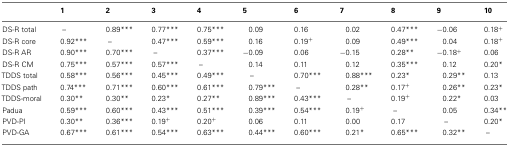
<table><thead><tr><td></td><td><b>1</b></td><td><b>2</b></td><td><b>3</b></td><td><b>4</b></td><td><b>5</b></td><td><b>6</b></td><td><b>7</b></td><td><b>8</b></td><td><b>9</b></td><td><b>10</b></td></tr></thead><tbody><tr><td>DS-R total</td><td>–</td><td>0.89***</td><td>0.77***</td><td>0.75***</td><td>0.09</td><td>0.16</td><td>0.02</td><td>0.47***</td><td>−0.06</td><td>0.18<sup>+</sup></td></tr><tr><td>DS-R core</td><td>0.92***</td><td>–</td><td>0.47***</td><td>0.59***</td><td>0.16</td><td>0.19<sup>+</sup></td><td>0.09</td><td>0.49***</td><td>0.04</td><td>0.18<sup>+</sup></td></tr><tr><td>DS-R AR</td><td>0.90***</td><td>0.70***</td><td>–</td><td>0.37***</td><td>−0.09</td><td>0.06</td><td>−0.15</td><td>0.28**</td><td>−0.18<sup>+</sup></td><td>0.06</td></tr><tr><td>DS-R CM</td><td>0.75***</td><td>0.57***</td><td>0.57***</td><td>–</td><td>0.14</td><td>0.11</td><td>0.12</td><td>0.35***</td><td>0.12</td><td>0.20*</td></tr><tr><td>TDDS total</td><td>0.58***</td><td>0.56***</td><td>0.45***</td><td>0.49***</td><td> –</td><td>0.70***</td><td>0.88***</td><td>0.23*</td><td>0.29**</td><td>0.13</td></tr><tr><td>TDDS path</td><td>0.74***</td><td>0.71***</td><td>0.60***</td><td>0.61***</td><td>0.79***</td><td>–</td><td>0.28**</td><td>0.17<sup>+</sup></td><td>0.26**</td><td>0.23*</td></tr><tr><td>TDDS-moral</td><td>0.30**</td><td>0.30**</td><td>0.23*</td><td>0.27**</td><td>0.89***</td><td>0.43***</td><td> –</td><td>0.19<sup>+</sup></td><td>0.22*</td><td>0.03</td></tr><tr><td>Padua</td><td>0.59***</td><td>0.60***</td><td>0.43***</td><td>0.51***</td><td>0.39***</td><td>0.54***</td><td>0.19<sup>+</sup></td><td>–</td><td>0.05</td><td>0.34**</td></tr><tr><td>PVD-PI</td><td>0.30**</td><td>0.36***</td><td>0.19<sup>+</sup></td><td>0.20<sup>+</sup></td><td>0.06</td><td>0.11</td><td>0.00</td><td>0.17</td><td> –</td><td>0.20*</td></tr><tr><td>PVD-GA</td><td>0.67***</td><td>0.61***</td><td>0.54***</td><td>0.63***</td><td>0.44***</td><td>0.60***</td><td>0.21*</td><td>0.65***</td><td>0.32**</td><td>–</td></tr></tbody></table>